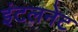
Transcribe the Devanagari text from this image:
इंटलनेट